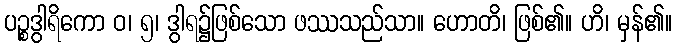
ပဉ္စဒွါရိကော ဝ၊ ၅၊ ဒွါရ၌ဖြစ်သော ဖဿသည်သာ။ ဟောတိ၊ ဖြစ်၏။ ဟိ၊ မှန်၏။